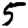
Digit: 5